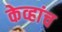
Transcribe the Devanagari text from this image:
केव्हांच